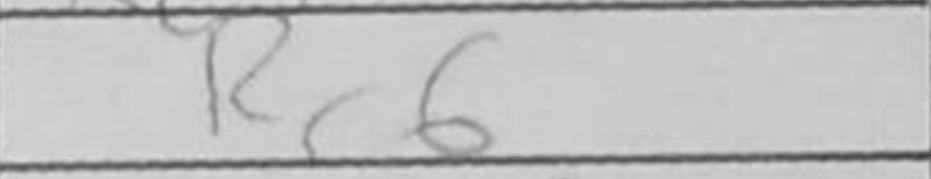
Transcription: Rc6